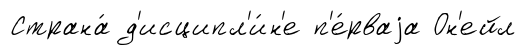
Страна́ д'исципл'и́н'е п'е́рваjа Он'ейл